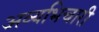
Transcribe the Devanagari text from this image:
अव्यभिचारी